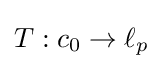
T:c_{0}\to \ell _{p}